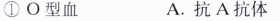
① О型血 A. 抗A抗体